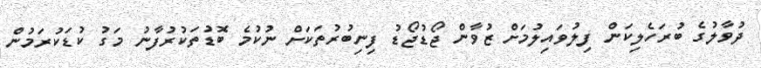
ދުވާލުގެ ބުރަހެލިކަން ފިލުވައިލުމަށް ޒުވާން ޖޯޑުޖޯޑު ފިނިބުރުތަކަށް ނުކުމެ ބޮޑުތަކުރުފާނު މަގު ކުޑަކުރަމުން